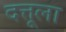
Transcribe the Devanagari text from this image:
दत्तूला